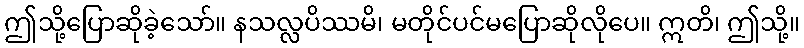
ဤသို့ပြောဆိုခဲ့သော်။ နသလ္လပိဿမိ၊ မတိုင်ပင်မပြောဆိုလိုပေ။ ဣတိ၊ ဤသို့။